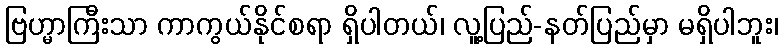
ဗြဟ္မာကြီးသာ ကာကွယ်နိုင်စရာ ရှိပါတယ်၊ လူ့ပြည်-နတ်ပြည်မှာ မရှိပါဘူး၊